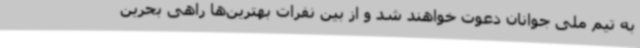
به تیم ملی جوانان دعوت خواهند شد و از بین نفرات بهترین‌ها راهی بحرین